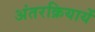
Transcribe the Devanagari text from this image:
अंतरक्रियायें